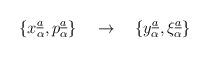
LaTeX: \begin{align*}\{ x_{\alpha}\sp{\underline{a}}, p_{\alpha}\sp{\underline{a}}\}\quad \rightarrow\quad \{ y_{\alpha}\sp{\underline{a}}, \xi_{\alpha}\sp{\underline{a}}\}\end{align*}